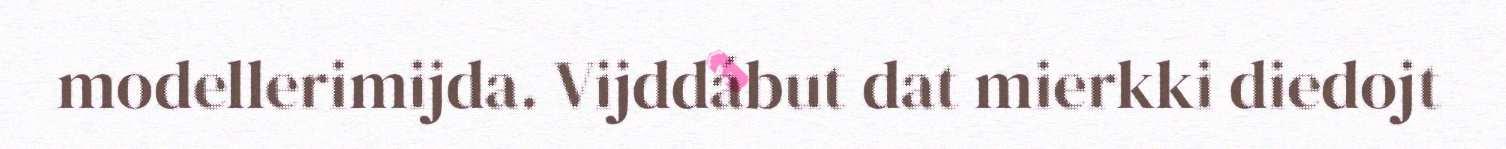
modellerimijda. Vijddábut dat mierkki diedojt